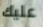
عليك